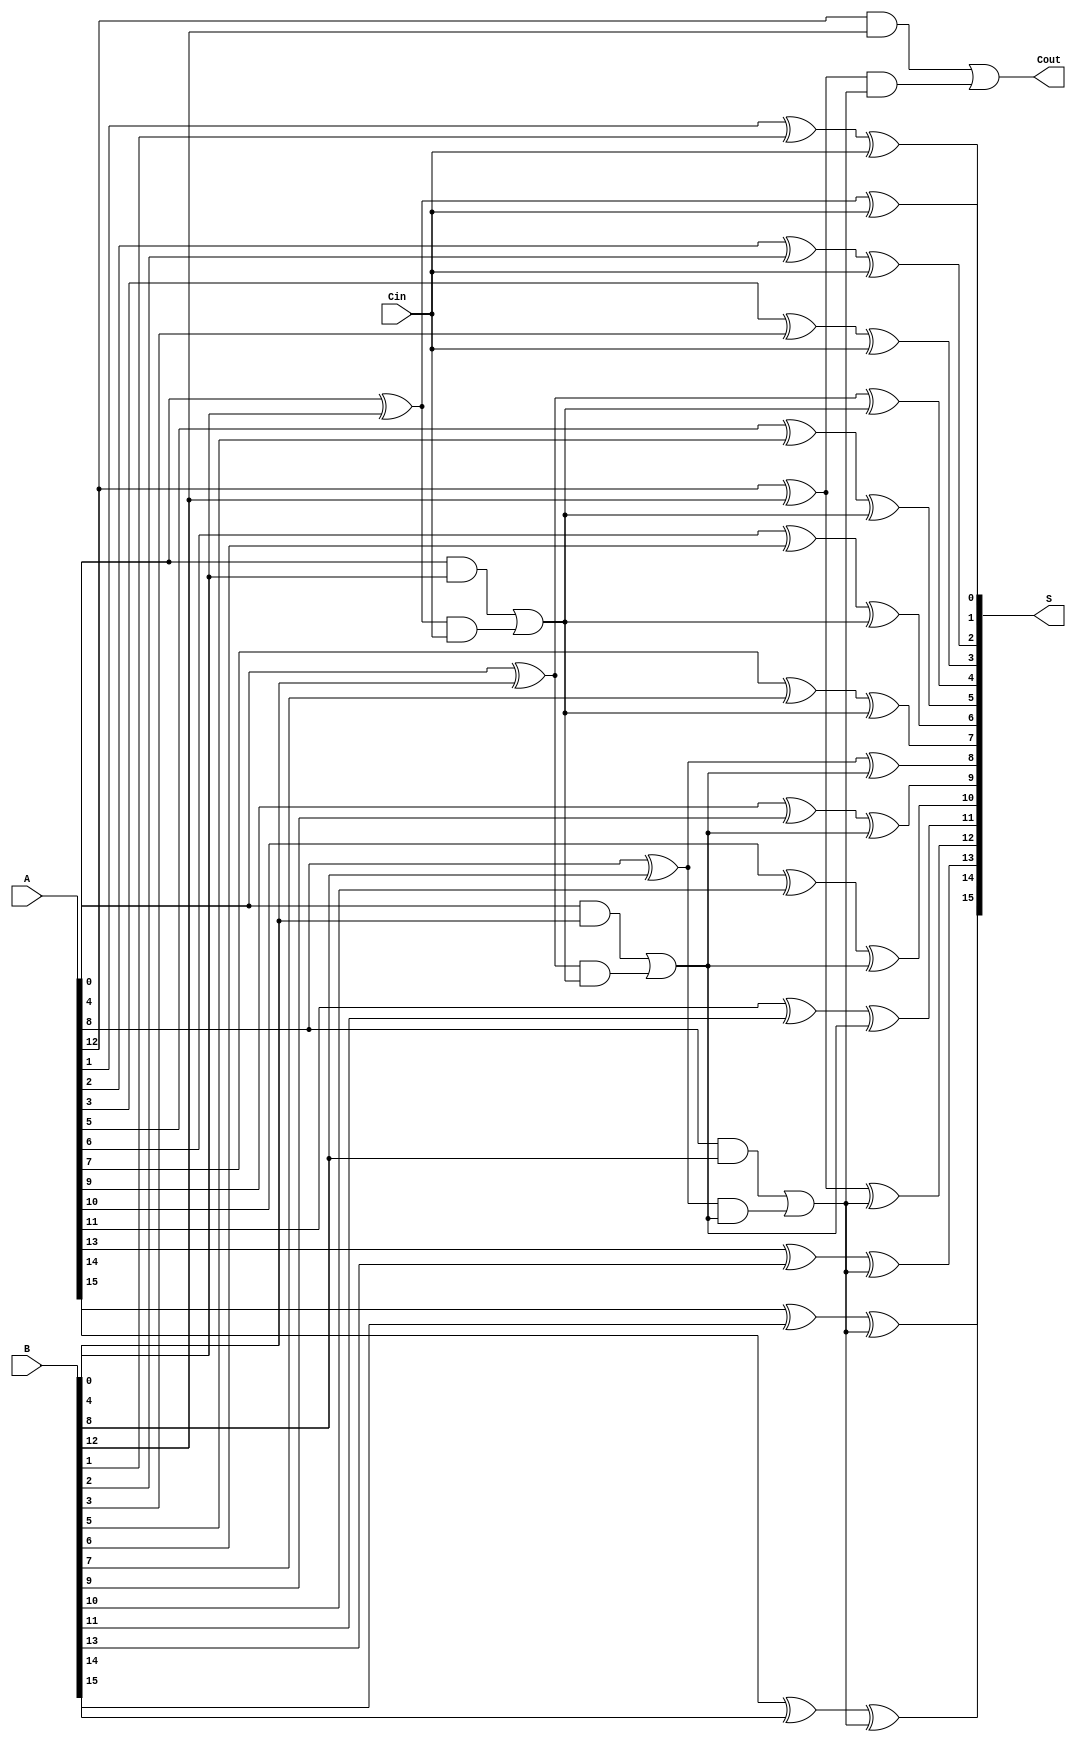
module han_carlson_adder #(parameter N = 16, parameter GROUP_SIZE = 4) (
    input  [N-1:0] A,
    input  [N-1:0] B,
    input          Cin,
    output [N-1:0] S,
    output         Cout
);
    localparam NUM_GROUPS = N / GROUP_SIZE;

    // Generate and Propagate signals
    wire [GROUP_SIZE-1:0] G[NUM_GROUPS-1:0];
    wire [GROUP_SIZE-1:0] P[NUM_GROUPS-1:0];
    wire [NUM_GROUPS:0] C; // Carry signals for each group

    // Generate and Propagate computation
    genvar i, j;
    generate
        for (i = 0; i < NUM_GROUPS; i = i + 1) begin : group
            for (j = 0; j < GROUP_SIZE; j = j + 1) begin : bit
                assign G[i][j] = A[i*GROUP_SIZE + j] & B[i*GROUP_SIZE + j]; // Generate
                assign P[i][j] = A[i*GROUP_SIZE + j] ^ B[i*GROUP_SIZE + j]; // Propagate
            end
        end
    endgenerate

    // Carry computation
    assign C[0] = Cin; // Initial carry input
    generate
        for (i = 0; i < NUM_GROUPS; i = i + 1) begin : carry_calc
            if (i == 0) begin
                assign C[i+1] = G[i] | (P[i] & C[i]); // For the first group
            end else begin
                assign C[i+1] = G[i] | (P[i] & C[i]); // For subsequent groups
            end
        end
    endgenerate

    // Sum computation
    generate
        for (i = 0; i < NUM_GROUPS; i = i + 1) begin : sum_calc
            for (j = 0; j < GROUP_SIZE; j = j + 1) begin : sum_bit
                if (j == 0) begin
                    assign S[i*GROUP_SIZE + j] = P[i][j] ^ C[i]; // First bit in group
                end else begin
                    assign S[i*GROUP_SIZE + j] = P[i][j] ^ C[i]; // Subsequent bits
                end
            end
        end
    endgenerate

    // Final carry out
    assign Cout = C[NUM_GROUPS];

endmodule